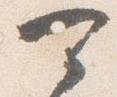
可